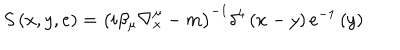
S \left( x , y , e \right) = \left( i \beta _ { \mu } \nabla _ { x } ^ { \mu } - m \right) ^ { - 1 } \delta ^ { 4 } \left( x - y \right) e ^ { - 1 } \left( y \right)